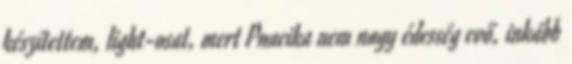
készítettem, light-osat, mert Pnacika nem nagy édesség evő, inkább